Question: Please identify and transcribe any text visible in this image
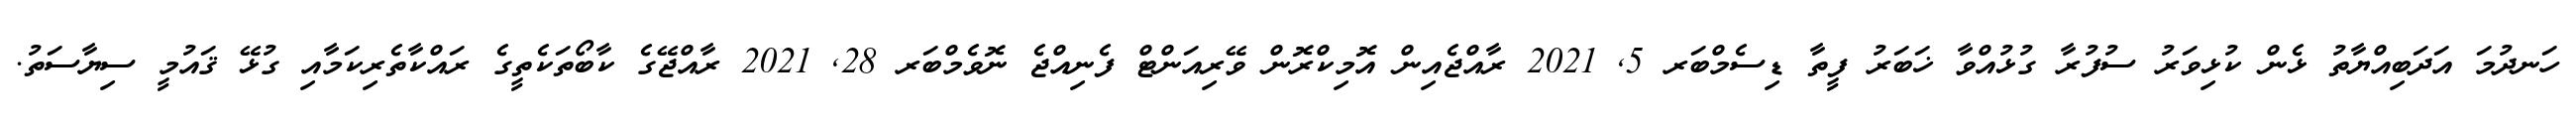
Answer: ހަނދުމަ އަދަބިއްޔާތު ޅެން ކުޅިވަރު ސުފުރާ ގުޅުއްވާ ޚަބަރު ފީތާ ޑިސެމްބަރ 5, 2021 ރާއްޖެއިން އޮމިކްރޮން ވޭރިއަންޓް ފެނިއްޖެ ނޮވެމްބަރ 28, 2021 ރާއްޖޭގެ ކާބޯތަކެތީގެ ރައްކާތެރިކަމާއި ގުޅޭ ޤައުމީ ސިޔާސަތު.